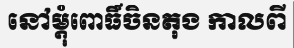
នៅម្តុំពោធិ៍ចិនតុង កាលពី